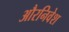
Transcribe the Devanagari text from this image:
औरनिवेश